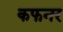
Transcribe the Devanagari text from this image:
कफनर